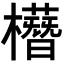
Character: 𣟞